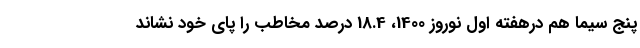
پنج سیما هم درهفته اول نوروز 1400، 18.4 درصد مخاطب را پای خود نشاند